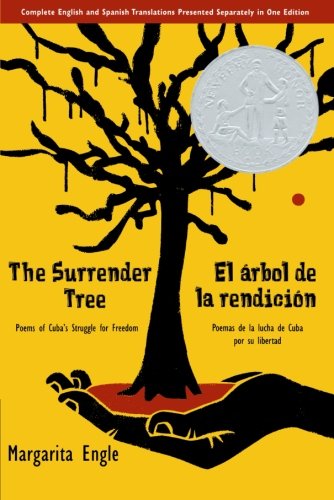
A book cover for The Surrender Tree: Poems of Cuba's Struggle for Freedom; Margarita Engle; Teen & Young Adult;